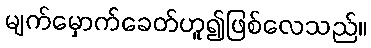
မျက်မှောက်ခေတ်ဟူ၍ဖြစ်လေသည်။